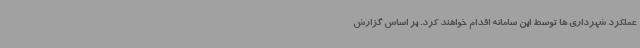
عملکرد شهرداری ها توسط این سامانه اقدام خواهند کرد. بر اساس گزارش